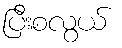
ပြီးစလွယ်